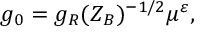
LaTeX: g _ { 0 } = g _ { R } ( Z _ { B } ) ^ { - 1 / 2 } \mu ^ { \varepsilon } ,